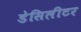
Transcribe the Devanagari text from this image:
डेसिलीटर